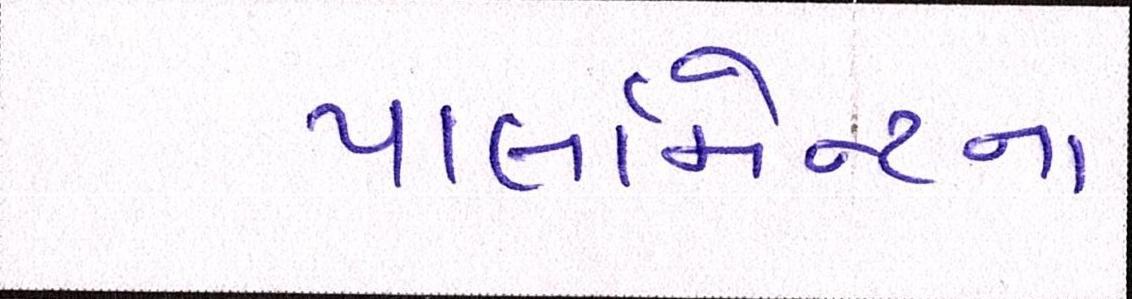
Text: પાર્લામેન્ટના